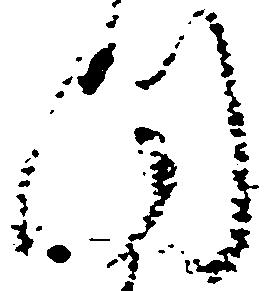
同